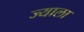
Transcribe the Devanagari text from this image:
ज्‍याला